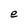
Character: e